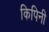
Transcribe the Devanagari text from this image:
किपिनी